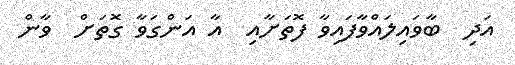
އަދި  ބާވައިލައްވާފައިވާ ފޮތަށާއި  އާ އަންގަވާ ގޮތަށް  ވާން